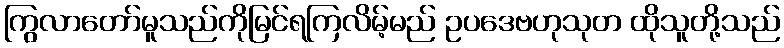
ကြွလာတော်မူသည်ကိုမြင်ရကြလိမ့်မည် ဥပဒေဗဟုသုတ ထိုသူတို့သည်